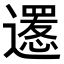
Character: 𨗫